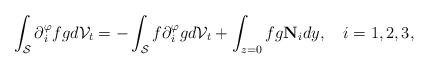
LaTeX: \begin{align*} \int_\mathcal{S}\partial{_i^\varphi}fgd\mathcal{V}_t=-\int_\mathcal{S}f\partial{_i^\varphi}gd\mathcal{V}_t+\int_{z=0}fg\mathbf{N}_idy,~~~i=1,2,3,\end{align*}